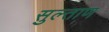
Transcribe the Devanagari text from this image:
सुल्ताण